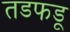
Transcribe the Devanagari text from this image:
तडफडू